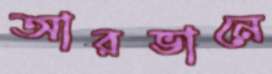
আরভানে